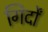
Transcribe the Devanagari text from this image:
गिर्दों